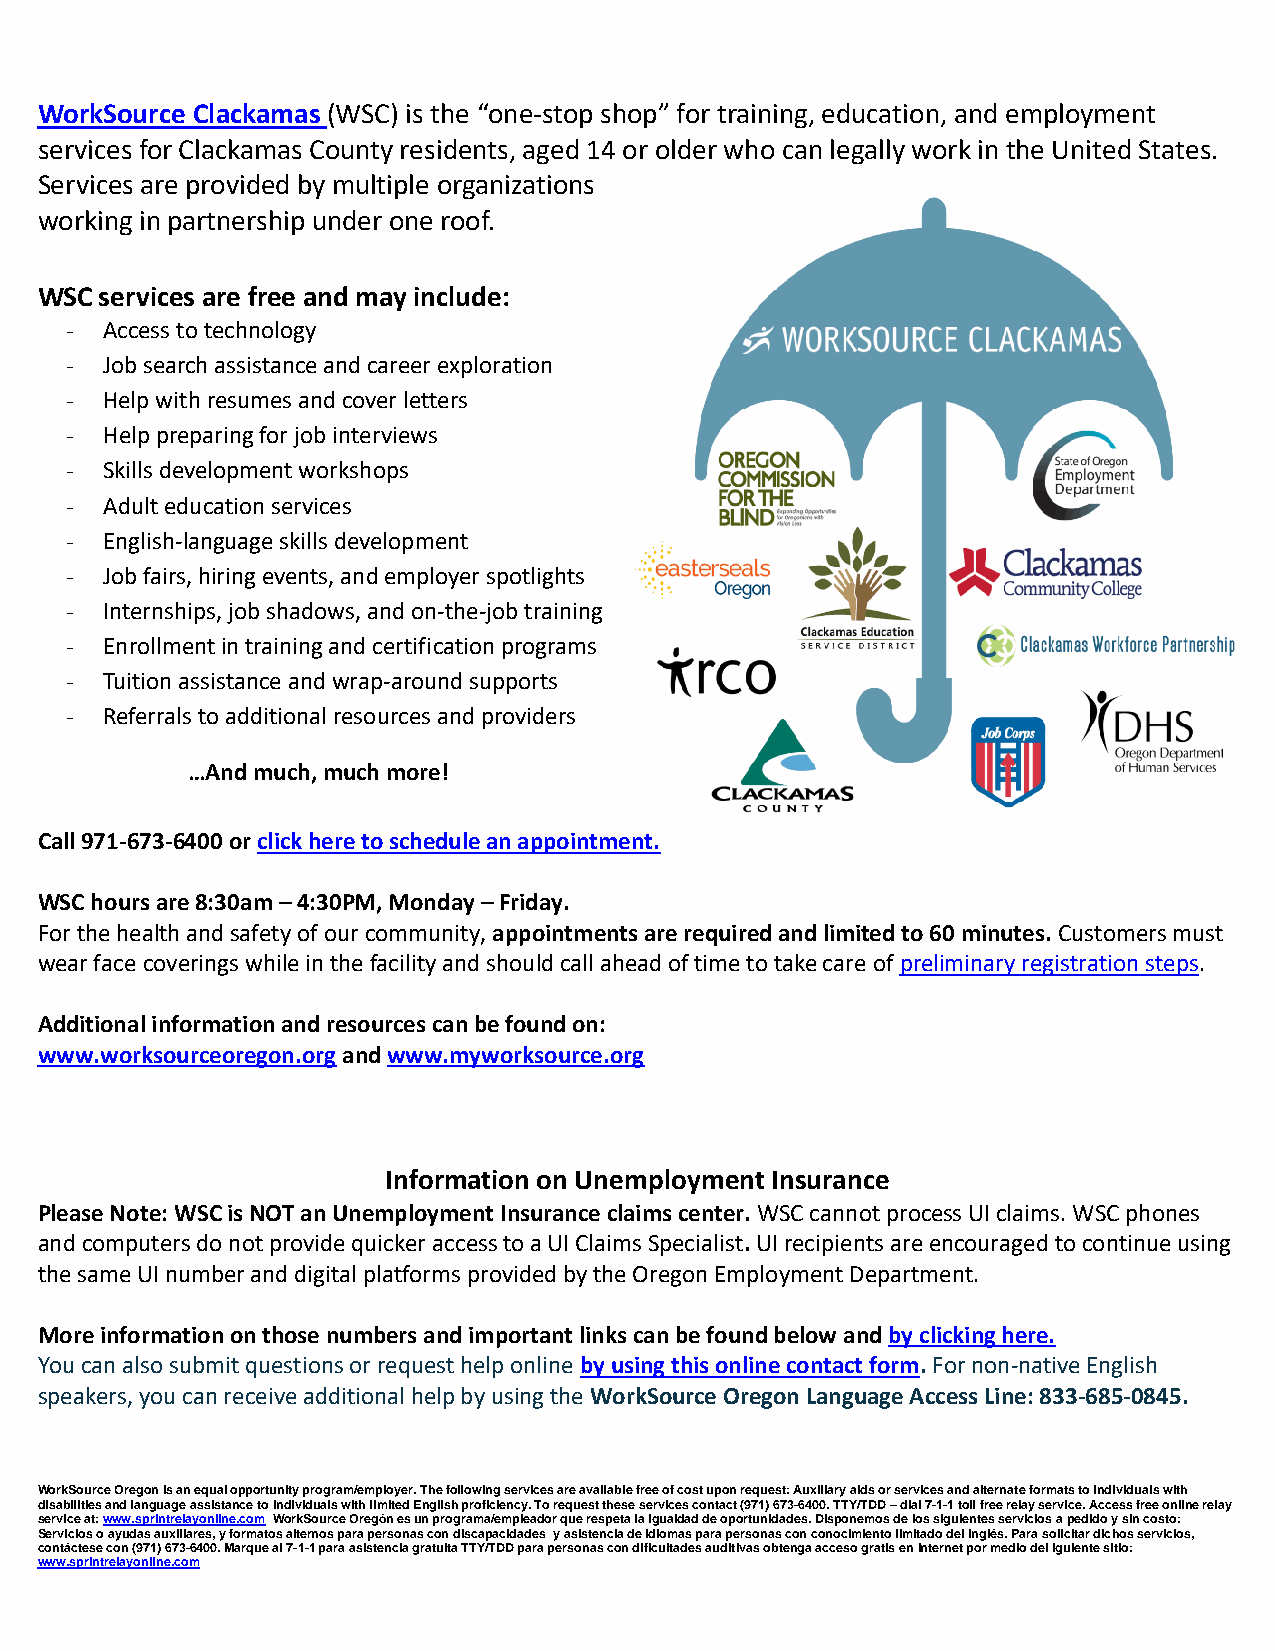
WorkSource Clackamas (WSC) is the “one-stop shop” for training, education, and employment
 services for Clackamas County residents, aged 14 or older who can legally work in the United States.
 Services are provided by multiple organizations
 working in partnership under one roof.
 WSC  services are free and may include:
 -  Access to technology
 -  Job search assistance and career exploration
 -  Help with resumes and cover letters
 -  Help preparing for job interviews
 -  Skills development workshops
 -  Adult education services
 -  English-language skills development
 -  Job fairs, hiring events, and employer spotlights
 -  Internships, job shadows, and on-the-job training
 -  Enrollment in training and certification programs
 -  Tuition assistance and wrap-around supports
 -  Referrals to additional resources and providers
 …And much, much more!
 Call 971-673-6400 or click here to schedule an appointment.
 WSC hours are 8:30am – 4:30PM, Monday – Friday.
 For the health and safety of our community, appointments are required and limited to 60 minutes. Customers must
 wear face coverings while in the facility and should call ahead of time to take care of preliminary registration steps.
 Additional information and resources can be found on:
 www.worksourceoregon.org and www.myworksource.org
 Information on Unemployment Insurance
 Please Note: WSC is NOT an Unemployment Insurance claims center. WSC cannot process UI claims. WSC phones
 and computers do not provide quicker access to a UI Claims Specialist. UI recipients are encouraged to continue using
 the same UI number and digital platforms provided by the Oregon Employment Department.
 More information on those numbers and important links can be found below and by clicking here.
 You can also submit questions or request help online by using this online contact form. For non-native English
 speakers, you can receive additional help by using the WorkSource Oregon Language Access Line: 833-685-0845.
 WorkSource Oregon is an equal opportunity program/employer. The following services are available free of cost upon request: Auxiliary aids or services and alternate formats to individuals with
 disabilities and language assistance to individuals with limited English proficiency. To request these services contact (971) 673-6400. TTY/TDD – dial 7-1-1 toll free relay service. Access free online relay
 service at: www.sprintrelayonline.com WorkSource Oregón es un programa/empleador que respeta la igualdad de oportunidades. Disponemos de los siguientes servicios a pedido y sin costo:
 Servicios o ayudas auxiliares, y formatos alternos para personas con discapacidades y asistencia de idiomas para personas con conocimiento limitado del inglés. Para solicitar dichos servicios,
 contáctese con (971) 673-6400. Marque al 7-1-1 para asistencia gratuita TTY/TDD para personas con dificultades auditivas obtenga acceso gratis en Internet por medio del iguiente sitio:
 www.sprintrelayonline.com